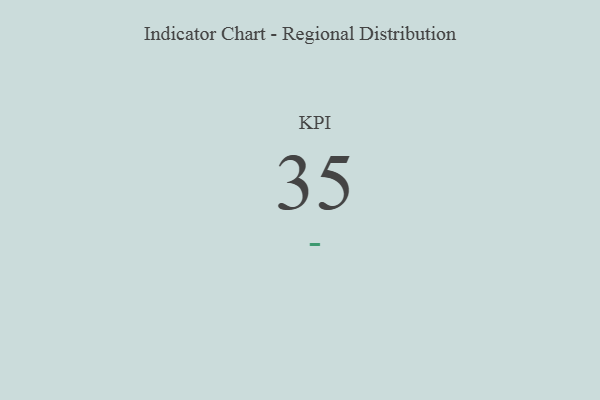
{"axis": {"x": "KPI", "y": "Value"}, "legend": [""], "data": [{"x": "KPI", "y": 35, "type": ""}]}